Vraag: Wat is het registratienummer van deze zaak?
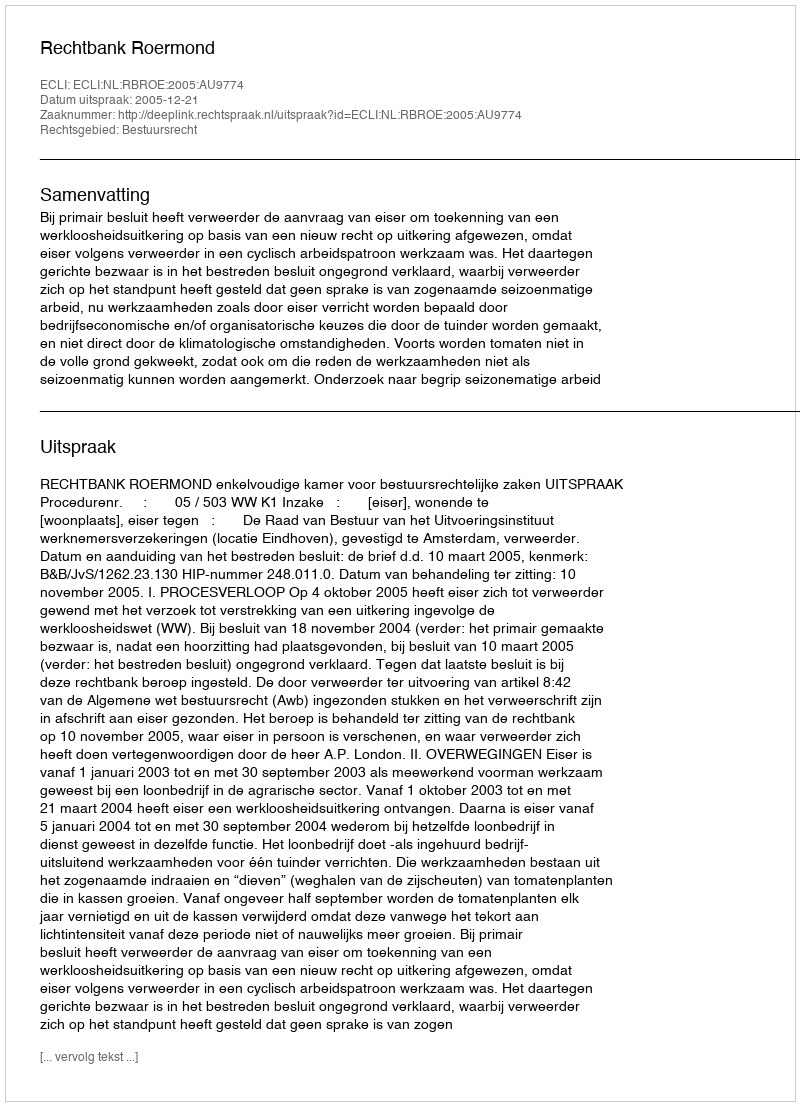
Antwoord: http://deeplink.rechtspraak.nl/uitspraak?id=ECLI:NL:RBROE:2005:AU9774